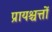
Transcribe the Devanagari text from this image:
प्रायश्चत्तों